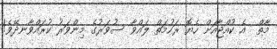
މާތް  އެ ކުއްޖާއަށް ހެޔޮ ރަހުމަތް ލައްވާ ސުވަރުގެ މިންވަރު ކުރައްވާނދޭވެ!